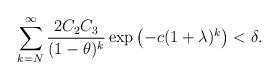
LaTeX: \begin{align*} \sum_{k = N}^\infty \frac{2C_2 C_3}{(1-\theta)^k} \exp \big( { - c (1+ \lambda)^k } \big) < \delta. \end{align*}